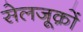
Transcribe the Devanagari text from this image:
सेलजूक़ों